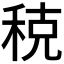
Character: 𫀲